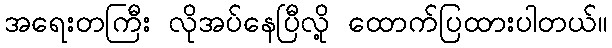
အရေးတကြီး လိုအပ်နေပြီလို့ ထောက်ပြထားပါတယ်။